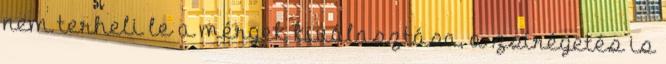
nem terheli le a mérgek kiválasztása, a zsírégetés is